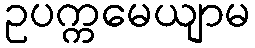
ဥပက္ကမေယျာမ